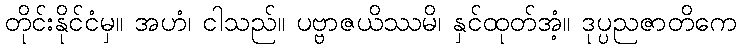
တိုင်းနိုင်ငံမှ။ အဟံ၊ ငါသည်။ ပဗ္ဗာဇယိဿမိ၊ နှင်ထုတ်အံ့။ ဒုပ္ပညဇာတိကေ